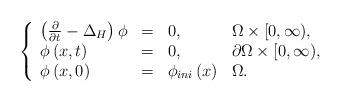
LaTeX: \begin{align*}\left \{ \begin{array}{llll}\left( \frac{\partial }{\partial t}-\Delta _{H}\right) \phi & = & 0, & \Omega \times \lbrack 0,\infty ), \\ \phi \left( x,t\right) & = & 0, & \partial \Omega \times \lbrack0,\infty ), \\ \phi \left( x,0\right) & = & \phi _{ini}\left( x\right) & \Omega .\end{array}\right. \end{align*}